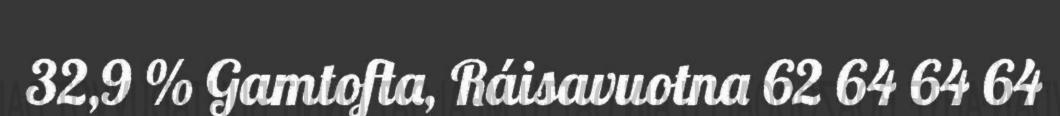
32,9 % Gamtofta, Ráisavuotna 62 64 64 64